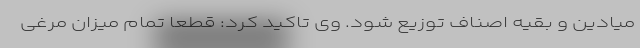
میادین و بقیه اصناف توزیع شود. وی تاکید کرد: قطعا تمام میزان مرغی